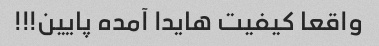
واقعا کیفیت هایدا آمده پایین!!!